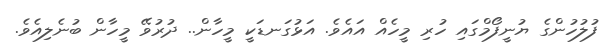
ފުލުހުންގެ ޔުނީފޯމްގައި ހުރި މީހެއް އައެވެ. އަޅުގަނޑަކީ މީހާން.. ދުރުވޭ މީހާން ބުނެލިއެވެ.